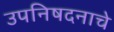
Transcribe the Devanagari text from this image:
उपनिषदनाचे